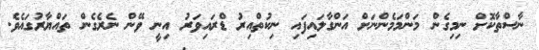
ނާސްތާކޮށް ނިމިގެން މަންމަމެންނަށް އަންގާލައިފައި ނިކުތްއިރު ޑްރައިވަރު އިނީ ވޭން ނެރެގެން ތައްޔާރުގައެވެ.